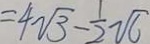
= 4 \sqrt { 3 } - \frac { 1 } { 2 } \sqrt { 6 }